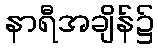
နာရီအချိန်၌